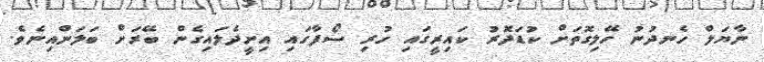
ނާޔަލް ހެނދުނު ހޭލިގޮތަށް ކުޑަދޮރު ކައިރީގައި ހުރި ސޯފާގައި އިށީދެލައިގެން ބޭރަށް ބަލަންއިނެވެ.